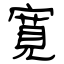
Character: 寛